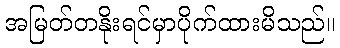
အမြတ်တနိုးရင်မှာပိုက်ထားမိသည်။